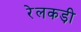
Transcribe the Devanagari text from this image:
रेलकड़ी